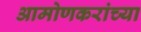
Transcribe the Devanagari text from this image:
आमोणकरांच्या